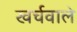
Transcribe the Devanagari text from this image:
खर्चवाले